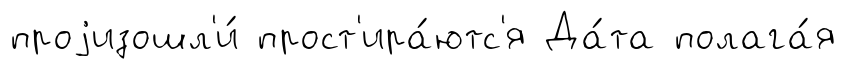
проjизошл'и́ прост'ира́ютс'я Да́та полага́я